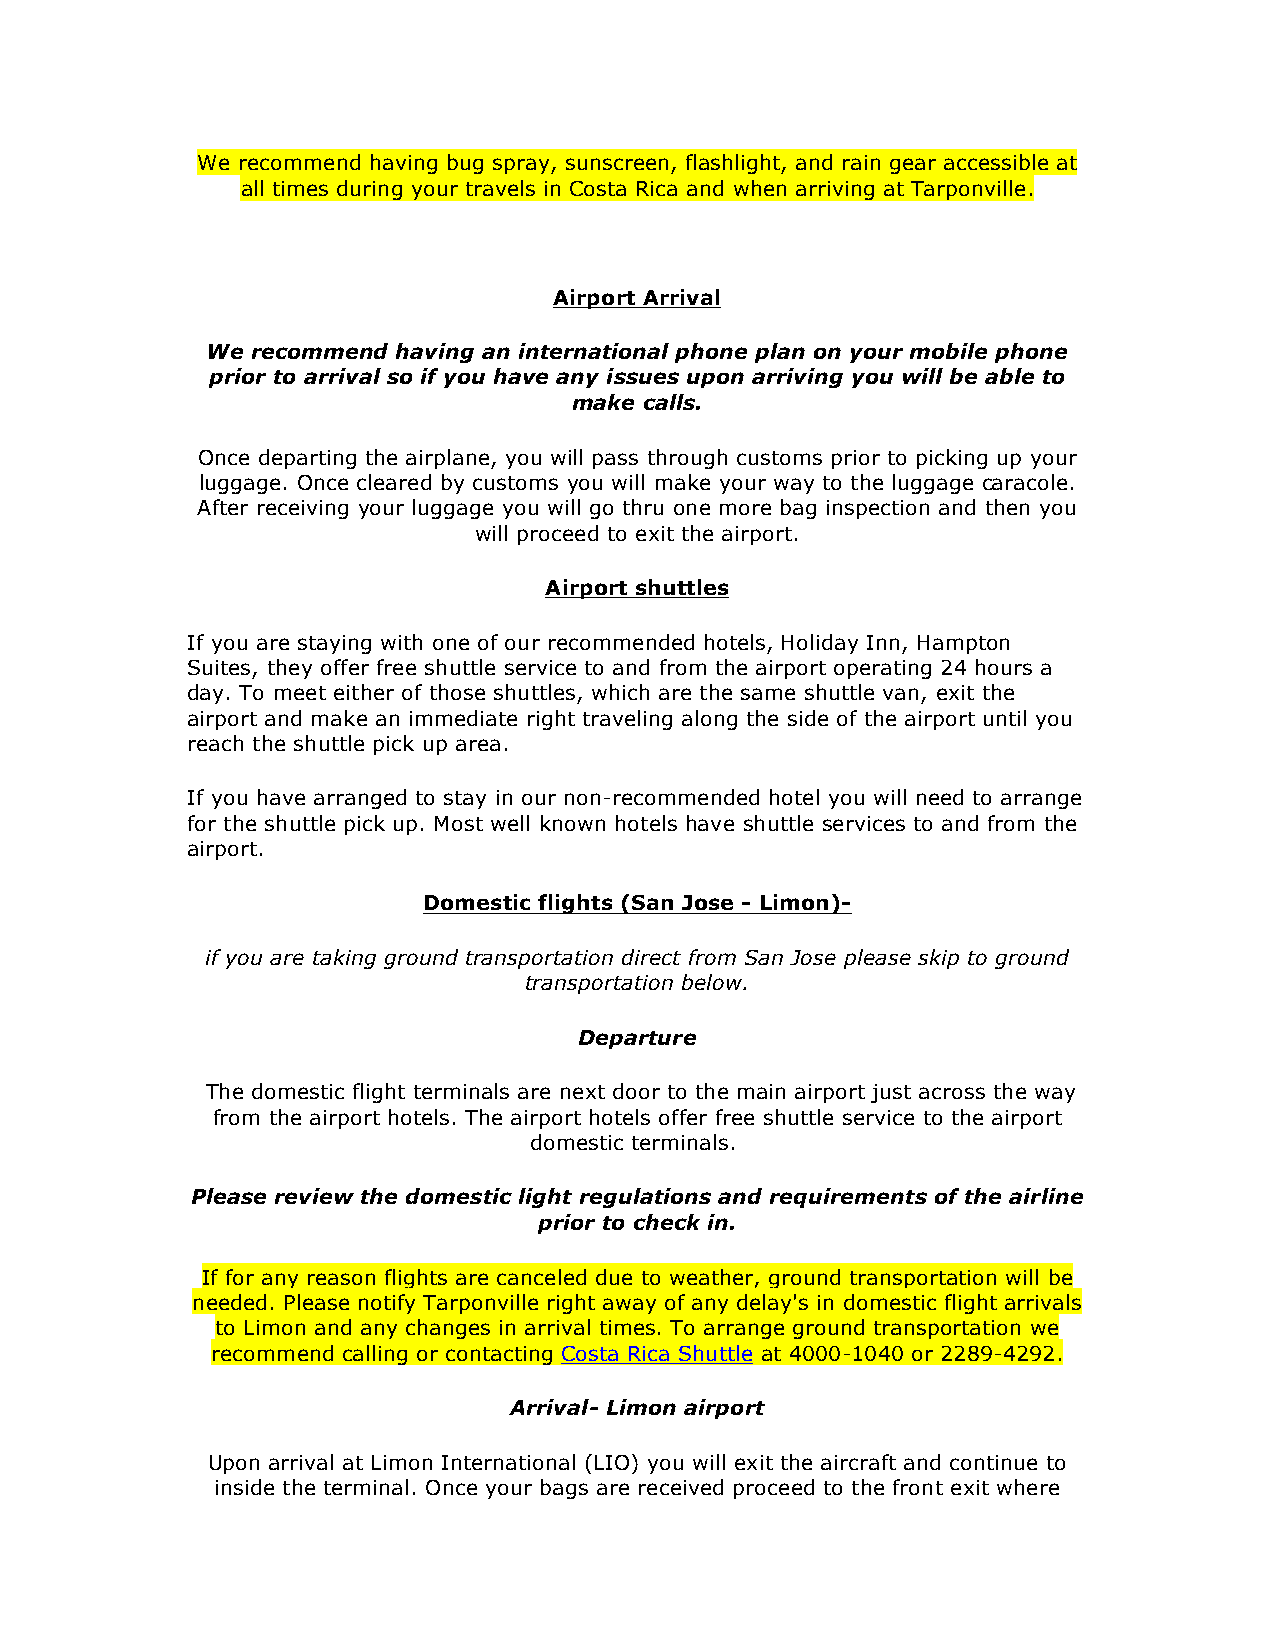
We recommend having bug spray, sunscreen, flashlight, and rain gear accessible at
 all times during your travels in Costa Rica and when arriving at Tarponville.
 Airport Arrival
 We recommend having an international phone plan on your mobile phone
 prior to arrival so if you have any issues upon arriving you will be able to
 make calls.
 Once departing the airplane, you will pass through customs prior to picking up your
 luggage. Once cleared by customs you will make your way to the luggage caracole.
 After receiving your luggage you will go thru one more bag inspection and then you
 will proceed to exit the airport.
 Airport shuttles
 If you are staying with one of our recommended hotels, Holiday Inn, Hampton
 Suites, they offer free shuttle service to and from the airport operating 24 hours a
 day. To meet either of those shuttles, which are the same shuttle van, exit the
 airport and make an immediate right traveling along the side of the airport until you
 reach the shuttle pick up area.
 If you have arranged to stay in our non-recommended hotel you will need to arrange
 for the shuttle pick up. Most well known hotels have shuttle services to and from the
 airport.
 Domestic flights (San Jose - Limon)-
 if you are taking ground transportation direct from San Jose please skip to ground
 transportation below.
 Departure
 The domestic flight terminals are next door to the main airport just across the way
 from the airport hotels. The airport hotels offer free shuttle service to the airport
 domestic terminals.
 Please review the domestic light regulations and requirements of the airline
 prior to check in.
 If for any reason flights are canceled due to weather, ground transportation will be
 needed. Please notify Tarponville right away of any delay's in domestic flight arrivals
 to Limon and any changes in arrival times. To arrange ground transportation we
 recommend calling or contacting Costa Rica Shuttle at 4000-1040 or 2289-4292.
 Arrival- Limon airport
 Upon arrival at Limon International (LIO) you will exit the aircraft and continue to
 inside the terminal. Once your bags are received proceed to the front exit where